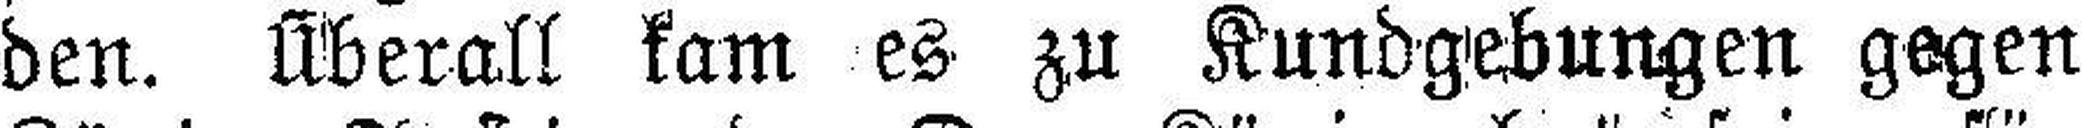
den. Überall kam es zu Kundgebungen gegen